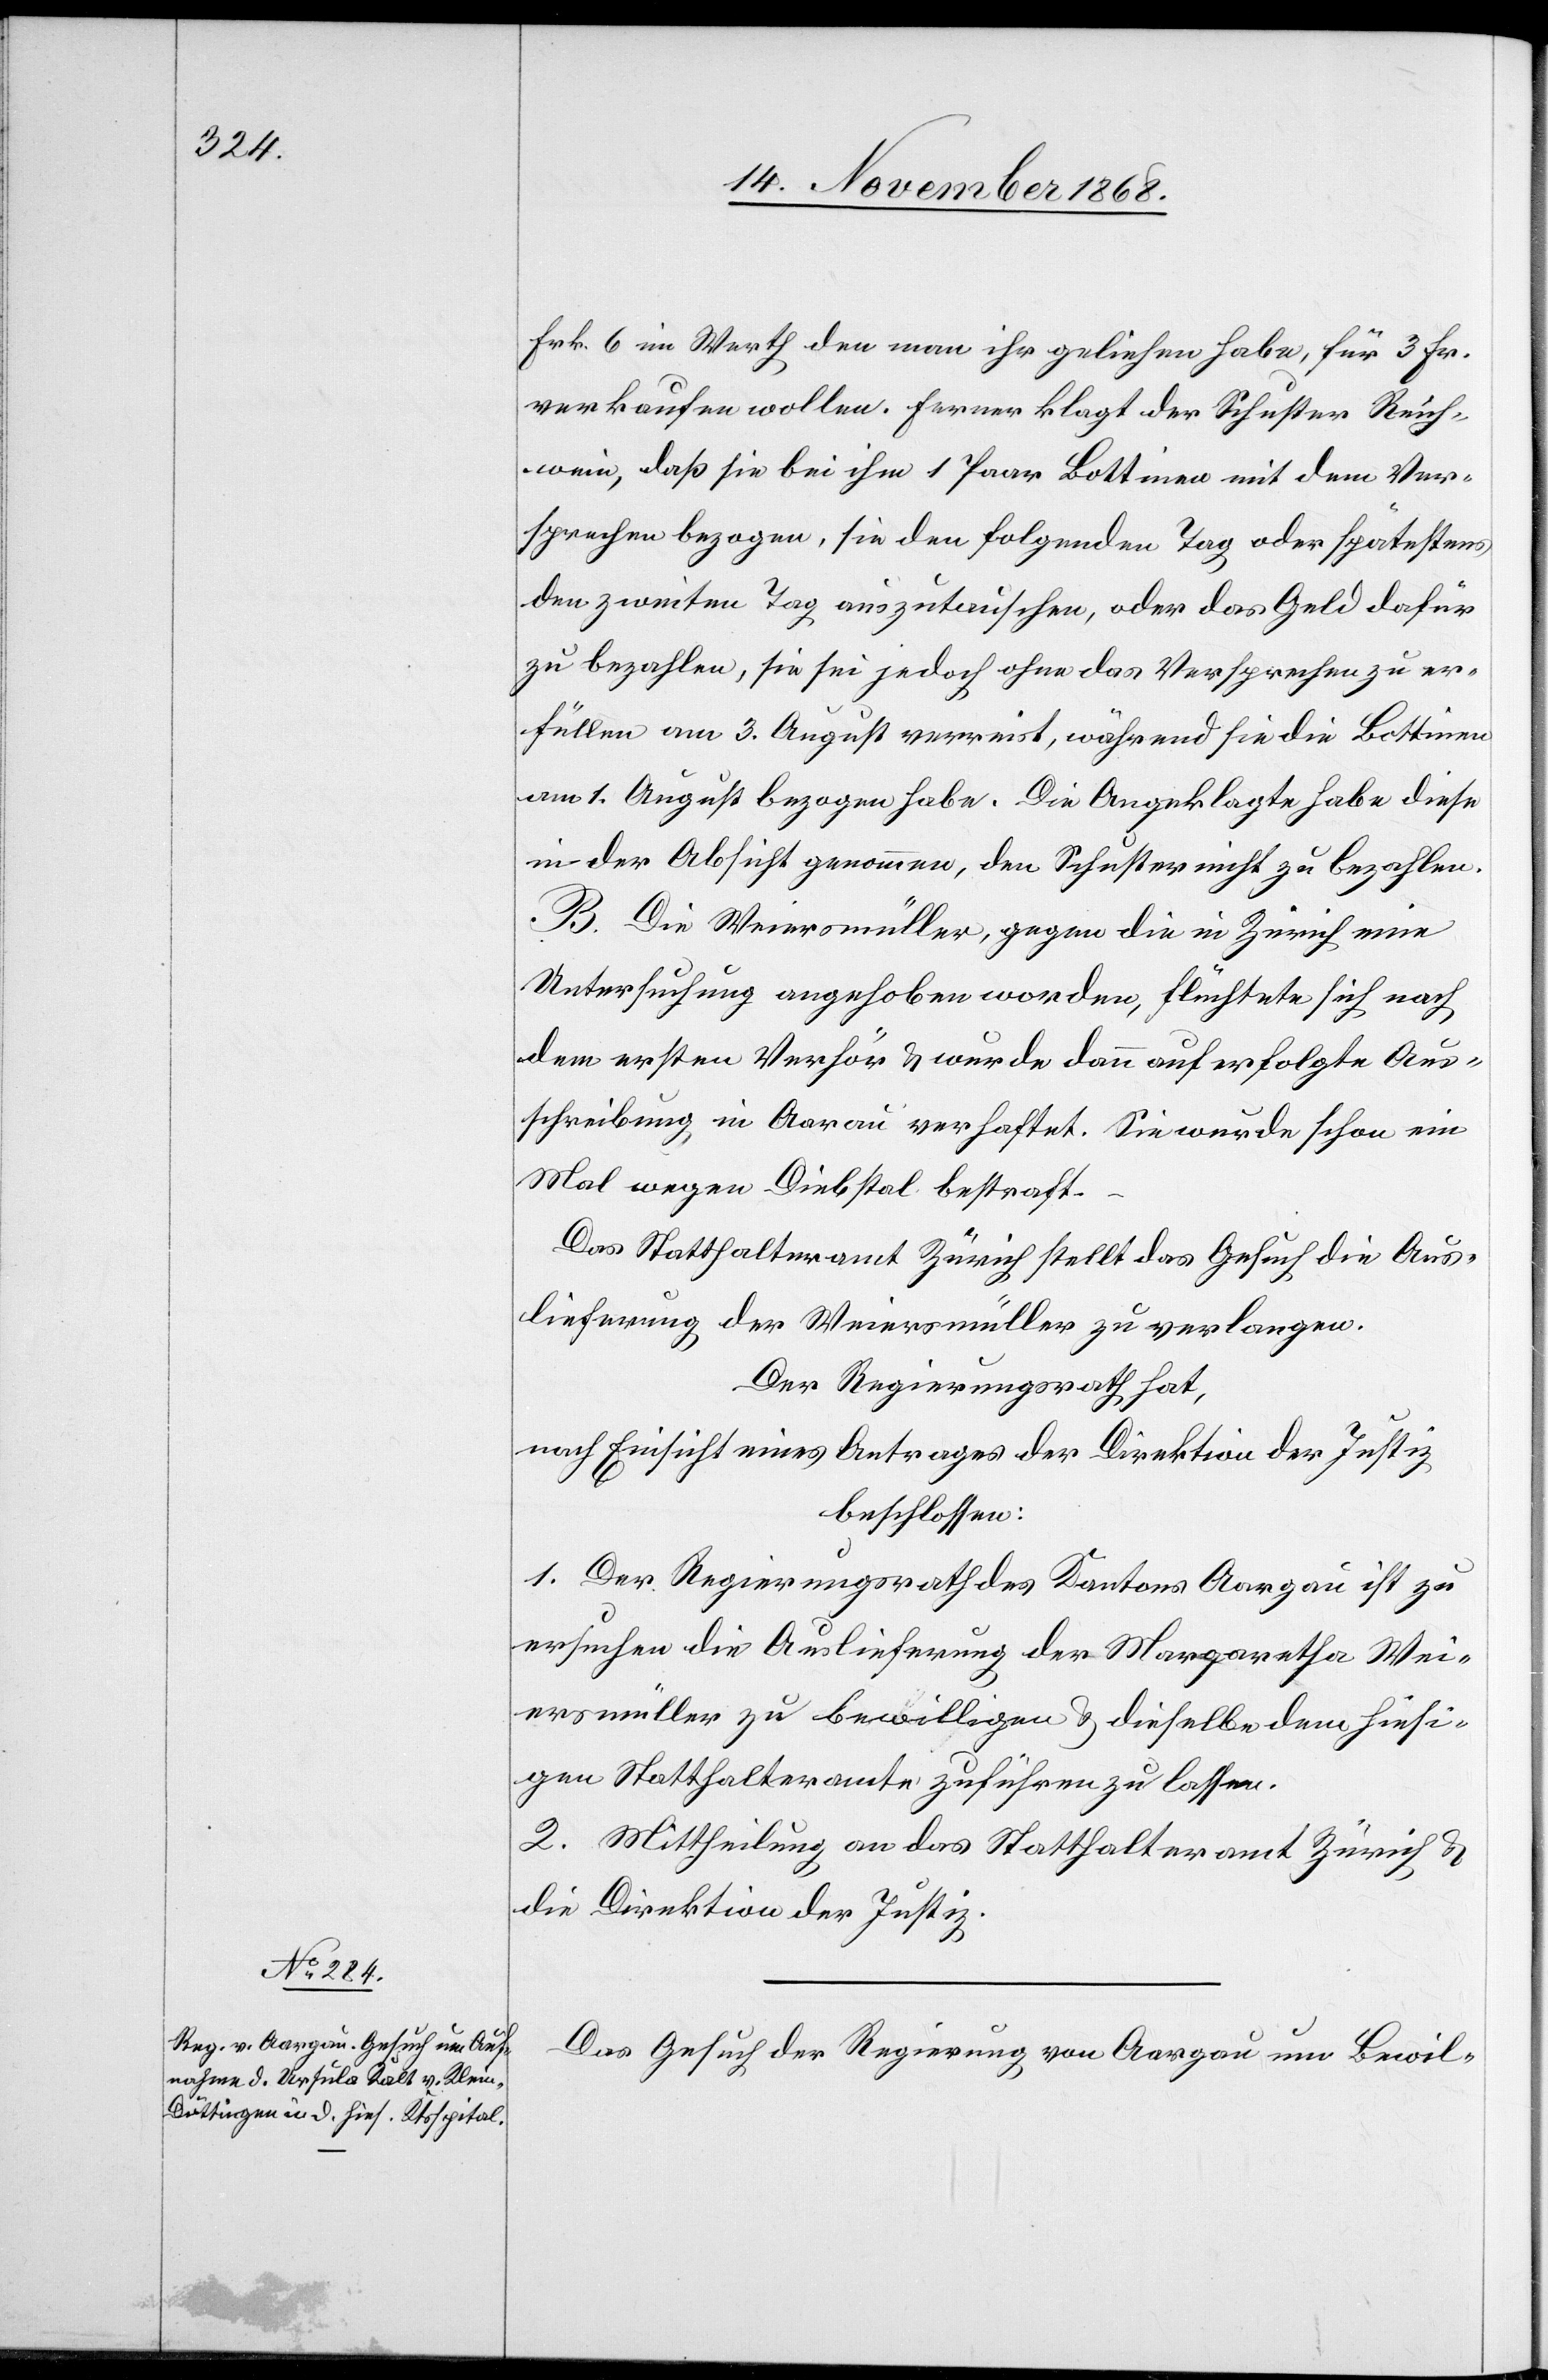
18. November 1868.]
Frk. 6 im Werth den man ihr geliehen habe, für 3 Fr.
verkaufen wollen. Ferner klagt der Schuster Reich¬
wein, daß sie bei ihm 1 Paar Bottinen mit dem Ver¬
sprechen bezogen, sie den folgenden Tag oder spätestens
den zweiten Tag auszutauschen, oder das Geld dafür
zu bezahlen, sie sei jedoch ohne das Versprechen zu er¬
füllen am 3. August verreist, während sie die Bottinen
am 1. August bezogen habe. Die Angeklagte habe diese
in der Absicht genommen, den Schuster nicht zu bezahlen.
B. Die Weiersmüller, gegen die in Zürich eine
Untersuchung angehoben worden, flüchtete sich nach
dem ersten Verhör & wurde dann auf erfolgte Aus¬
schreibung in Aarau verhaftet. Sie wurde schon ein
Mal wegen Diebstal bestraft.
Das Statthalteramt Zürich stellt das Gesuch die Aus¬
lieferung der Weiersmüller zu verlangen.
Der Regierungsrath hat,
nach Einsicht eines Antrages der Direktion der Justiz
beschlossen:
1. Der Regierungsrath des Kantons Aargau ist zu
ersuchen die Auslieferung der Margaretha Wei¬
ersmüller zu bewilligen & dieselbe dem hiesi¬
gen Statthalteramte zuführen zu lassen.
2. Mittheilung an das Statthalteramt Zürich &
die Direktion der Justiz.
Das Gesuch der Regierung von Aargau um Bewil-